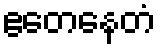
ဧတေနေတံ